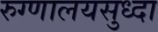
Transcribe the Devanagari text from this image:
रुग्णालयसुध्दा